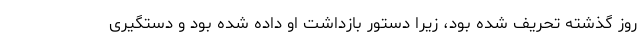
روز گذشته تحریف شده بود، زیرا دستور بازداشت او داده شده بود و دستگیری